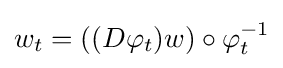
w_{t}=((D\varphi _{t})w)\circ \varphi _{t}^{-1}